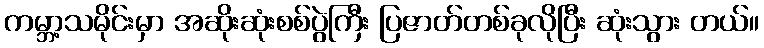
ကမ္ဘာ့သမိုင်းမှာ အဆိုးဆုံးစစ်ပွဲကြီး ပြဇာတ်တစ်ခုလိုပြီး ဆုံးသွား တယ်။